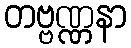
တဗ္ဗဏ္ဏနာ